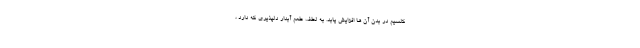
کلسیم در بدن آن ها افزایش یابد. به لطف طعم آبدار دلپذیری که دارد ،